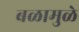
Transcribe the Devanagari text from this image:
बळामुळे